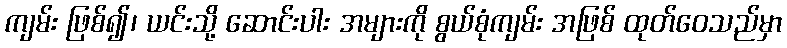
ကျမ်း ဖြစ်၍၊ ယင်းသို့ ဆောင်းပါး အများကို စွယ်စုံကျမ်း အဖြစ် ထုတ်ဝေသည်မှာ